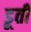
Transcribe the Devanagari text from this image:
डूती